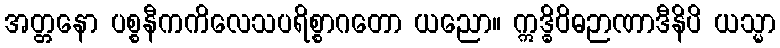
အတ္တနော ပစ္စနီကကိလေသပရိစ္စာဂတော ယညော။ ဣဒ္ဓိဝိဓဉာဏာဒီနိပိ ယသ္မာ